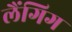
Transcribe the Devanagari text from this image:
लैंगिग